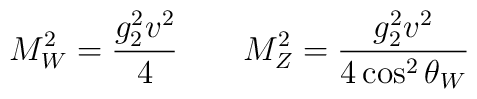
M_W^2 = {g^2_2 v^2 \over 4} \qquad M_Z^2 =  {g^2_2 v^2 \over 4 \cos^2 \theta_W}